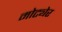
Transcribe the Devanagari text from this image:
मोट्येर